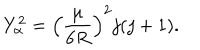
Y _ { \alpha } ^ { 2 } = \left( \frac { \mu } { 6 R } \right) ^ { 2 } j ( j + 1 ) .